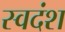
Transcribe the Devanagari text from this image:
स्वदंश